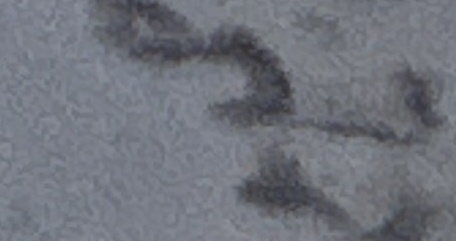
جمیع